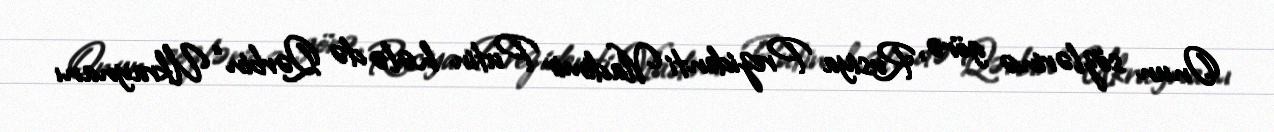
Onun sözlərinə görə, Rusiya Prezidenti Vladimir Putin hələ də Qərbin “Ukraynanı